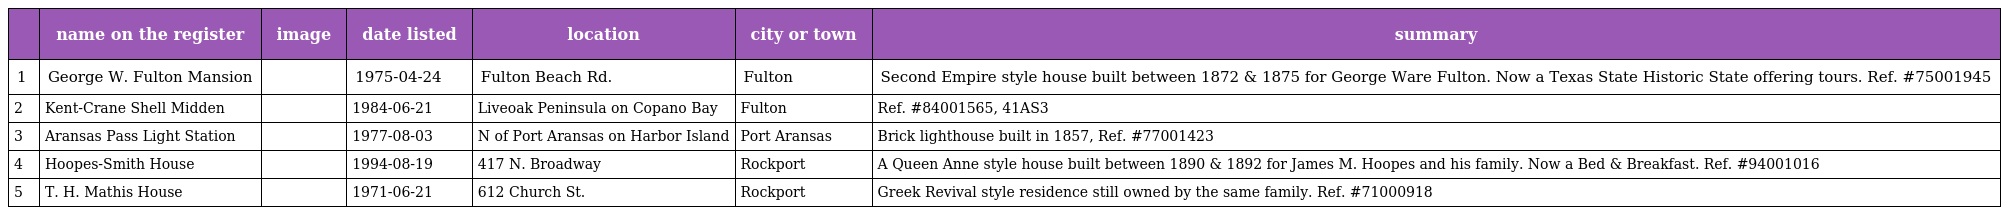
|  | name on the register | image | date listed | location | city or town | summary |
 | --- | --- | --- | --- | --- | --- | --- |
 | 1 | George W. Fulton Mansion |  | 1975-04-24 | Fulton Beach Rd. | Fulton | Second Empire style house built between 1872 & 1875 for George Ware Fulton. Now a Texas State Historic State offering tours. Ref. #75001945 |
 | 2 | Kent-Crane Shell Midden |  | 1984-06-21 | Liveoak Peninsula on Copano Bay | Fulton | Ref. #84001565, 41AS3 |
 | 3 | Aransas Pass Light Station |  | 1977-08-03 | N of Port Aransas on Harbor Island | Port Aransas | Brick lighthouse built in 1857, Ref. #77001423 |
 | 4 | Hoopes-Smith House |  | 1994-08-19 | 417 N. Broadway | Rockport | A Queen Anne style house built between 1890 & 1892 for James M. Hoopes and his family. Now a Bed & Breakfast. Ref. #94001016 |
 | 5 | T. H. Mathis House |  | 1971-06-21 | 612 Church St. | Rockport | Greek Revival style residence still owned by the same family. Ref. #71000918 |